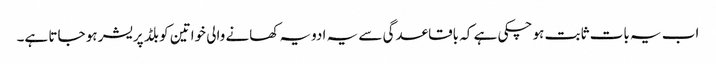
اب یہ بات ثابت ہو چکی ہے کہ باقاعدگی سے یہ ادویہ کھانے والی خواتین کو بلڈ پریشر ہو جاتا ہے۔